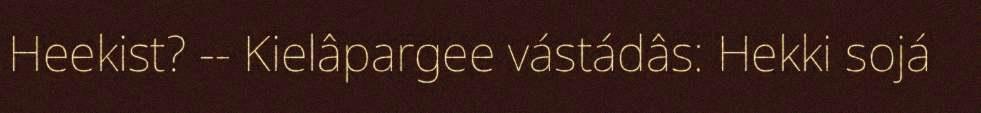
Heekist? -- Kielâpargee vástádâs: Hekki sojá